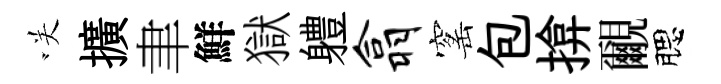
咲擴聿鮮獄軆翕窰包揜覼腮